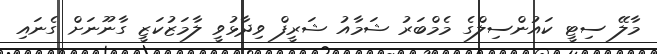
މާލޭ ސިޓީ ކައުންސިލްގެ މެމްބަރު ޝަމާއު ޝަރީފް ވިދާޅުވީ ލާމަޒުކަޒީ ގާނޫނަށް ގެނައި